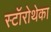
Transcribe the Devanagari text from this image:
स्टॉरोथेका